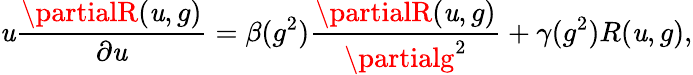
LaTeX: \mathit{u}\frac{{\partialR(\mathit{u},g)}}{{\partial\mathit{u}}}=\beta(g^{2})\frac{{\partialR(\mathit{u},g)}}{{\partialg^{2}}}+\gamma(g^{2})R(\mathit{u},g),